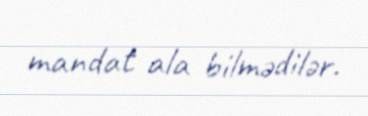
mandat ala bilmədilər.